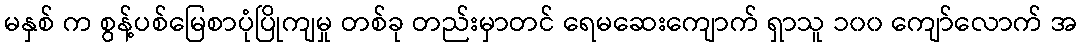
မနှစ် က စွန့်ပစ်မြေစာပုံပြိုကျမှု တစ်ခု တည်းမှာတင် ရေမဆေးကျောက် ရှာသူ ၁၀၀ ကျော်လောက် အ